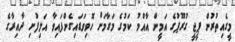
މީގެއިތުރުން ޕީޖީ ގުރޫޕުގެ އަމީން އާއްމު ކަމުގެ މަގާމަށް ހޮވިވަޑައިގެންފައިވާ އަލިފުށި ދާއިރާގެ